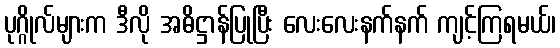
ပုဂ္ဂိုလ်များက ဒီလို အဓိဋ္ဌာန်ပြုပြီး လေးလေးနက်နက် ကျင့်ကြရမယ်၊